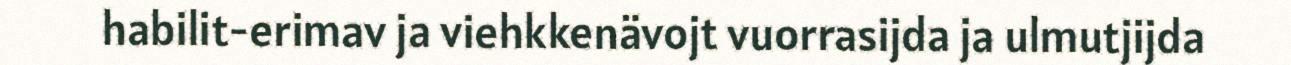
habilit-erimav ja viehkkenävojt vuorrasijda ja ulmutjijda